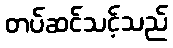
တပ်ဆင်သင့်သည်